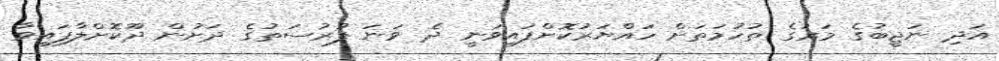
އަދި ނަޖީބުގެ މަރުގެ ތުހުމަތަށް ހައްޔަރުކޮށްފައިވަނީ ދެ ވަނަ ފުރުސަތުގެ ދަށުން ދޫކޮށްލާފައިވާ